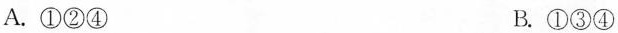
A.①②④ B.①③④